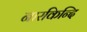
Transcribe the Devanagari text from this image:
नारकिन्दि